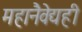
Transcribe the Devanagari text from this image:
महानैवेद्यही